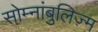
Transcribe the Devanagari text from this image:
सोम्नांबुलिज़्म